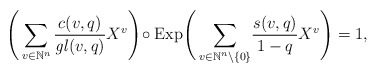
\begin{align*}\Bigg(\sum_{v\in\mathbb{N}^n} \frac { c(v,q) } {\mathit{gl}(v,q) } X^v\Bigg) \!\circ \mathrm{Exp} \Bigg(\sum_{v\in\mathbb{N}^n\backslash\{0\}} \!\frac{s(v,q)}{1-q} X^v\Bigg) = 1,\\\end{align*}